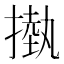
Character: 𢳊